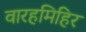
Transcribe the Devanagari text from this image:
वारहमिहिर